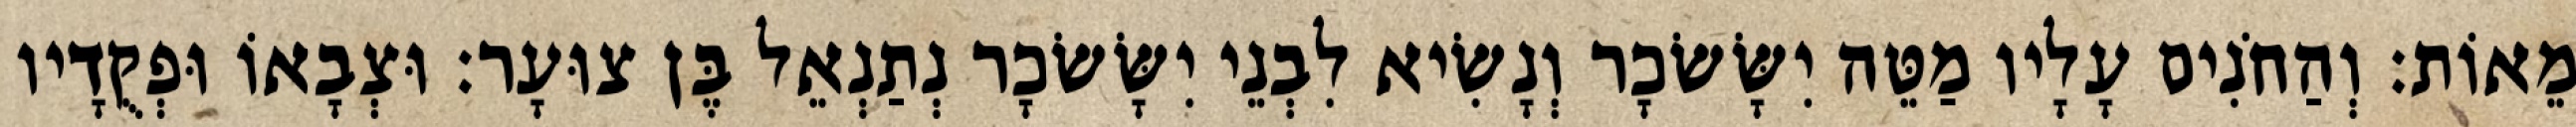
מֵאוֹת׃ וְהַחֹנִים עָלָיו מַטֵּה יִשָּׂשׂכָר וְנָשִׂיא לִבְנֵי יִשָּׂשׂכָר נְתַנְאֵל בֶּן צוּעָר׃ וּצְבָאוֹ וּפְקֻדָיו